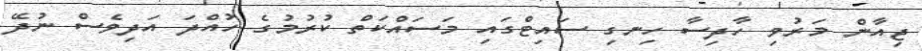
ޖިއާން މަރުވި ހާދިސާ ހިނގި ސައިޓްގައި މަސައްކަތް ކުރުމުގެ ހުއްދަ އަދިވެސް ނުދޭ